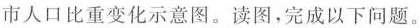
市人口比重变化示意图。读图，完成以下问题。